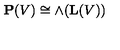
{ \bf P } ( V ) \cong { \mathrm { \large \land } } ( { \bf L } ( V ) )